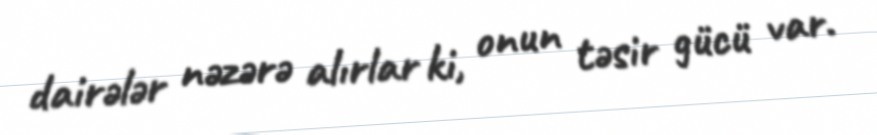
dairələr nəzərə alırlar ki, onun təsir gücü var.